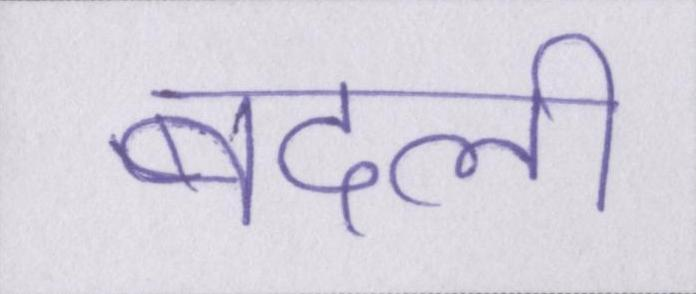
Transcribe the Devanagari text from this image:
बदली